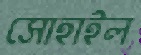
সোহাইল